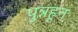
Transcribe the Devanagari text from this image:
पुन्नहून